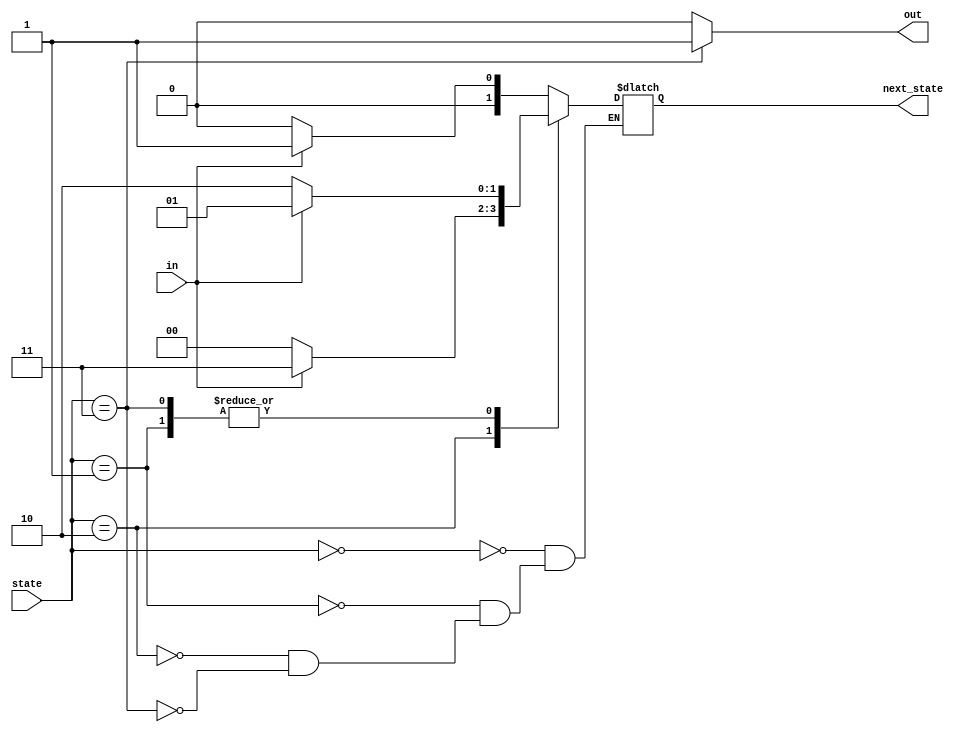
module top_module(
    input in,
    input [1:0] state,
    output [1:0] next_state,
    output out); //

    parameter A=0, B=1, C=2, D=3;
    
    
    // State transition logic: next_state = f(state, in)
    always@(in)
        begin
            case(state)
            	A:
                    if(in==1'b0)
                        begin
                        	next_state<=A;
                        end
                    else if(in==1'b1)
                        begin
                            next_state<=B;
                        end
                B:
                    if(in==1'b0)
                        begin
                        	next_state<=C;
                        end
                    else if(in==1'b1)
                        begin
                            next_state<=B;
                        end
                C:
                    if(in==1'b0)
                        begin
                        	next_state<=A;
                        end
                    else if(in==1'b1)
                        begin
                            next_state<=D;
                        end
                D:
                    if(in==1'b0)
                        begin
                        	next_state<=C;
                        end
                    else if(in==1'b1)
                        begin
                            next_state<=B;
                        end
            endcase
        end
    // Output logic:  out = f(state) for a Moore state machine
    assign out = (state==D)?1'b1:1'b0;
endmodule